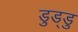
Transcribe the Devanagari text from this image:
डुड्डु